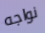
نواجه